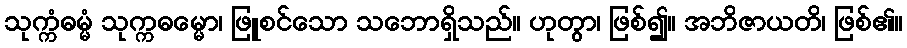
သုက္ကံဓမ္မံ သုက္ကဓမ္မော၊ ဖြူစင်သော သဘောရှိသည်။ ဟုတွာ၊ ဖြစ်၍။ အဘိဇာယတိ၊ ဖြစ်၏။